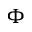
\Phi